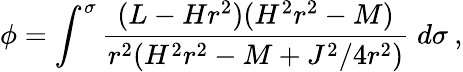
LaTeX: \phi=\int^{\sigma}\frac{(L-Hr^{2})(H^{2}r^{2}-M)}{r^{2}(H^{2}r^{2}-M+J^{2}/4r^{2})}\; d\sigma\: ,